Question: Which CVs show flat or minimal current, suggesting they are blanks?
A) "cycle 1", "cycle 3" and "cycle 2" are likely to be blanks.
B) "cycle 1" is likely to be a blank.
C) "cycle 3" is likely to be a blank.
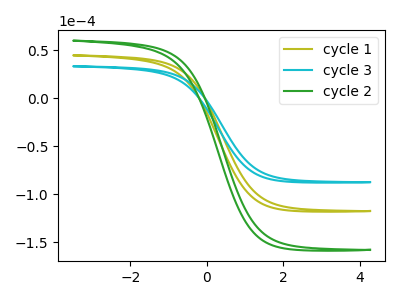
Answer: <think>The olive curve "cycle 1" has no peaks. The cyan curve "cycle 3" has no peaks. The green curve "cycle 2" has no peaks.</think>
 <answer>A) "cycle 1", "cycle 3" and "cycle 2" are likely to be blanks.</answer>
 <eval>A</eval>